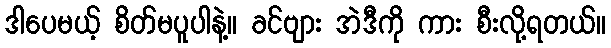
ဒါပေမယ့် စိတ်မပူပါနဲ့။ ခင်ဗျား အဲဒီကို ကား စီးလို့ရတယ်။